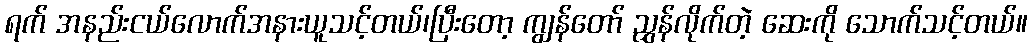
ရက် အနည်းငယ်လောက်အနားယူသင့်တယ်၊ပြီးတော့ ကျွန်တော် ညွှန်လိုက်တဲ့ ဆေးကို သောက်သင့်တယ်။